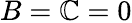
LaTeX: B=\mathbb{C}=0